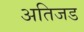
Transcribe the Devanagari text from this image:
अतिजड